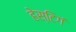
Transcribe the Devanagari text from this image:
हेस्टिगं